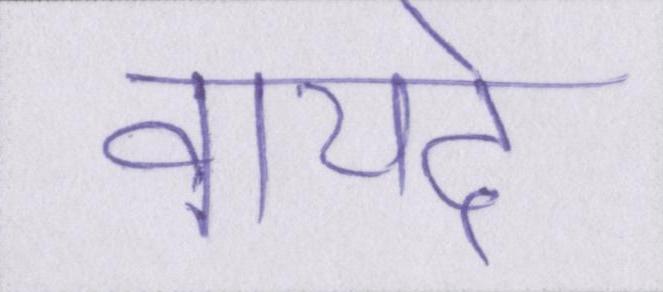
वायदे